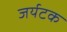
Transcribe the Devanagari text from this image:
जर्यटक